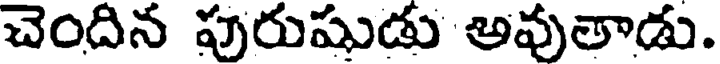
చెందిన పురుషుడు అవుతాడు.